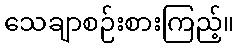
သေချာစဉ်းစားကြည့်။